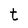
Character: t